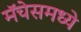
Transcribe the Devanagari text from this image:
मॅचेसमध्ये